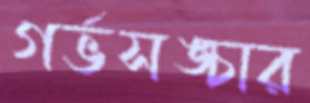
গর্ভসঙ্চার